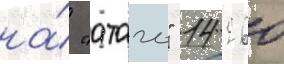
на́ "атаго" 14 260